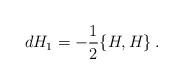
LaTeX: \begin{align*}dH_1=-\frac12\{H,H\}\,.\end{align*}